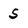
Character: 5